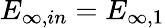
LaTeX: E_{\infty,in}=E_{\infty,1}